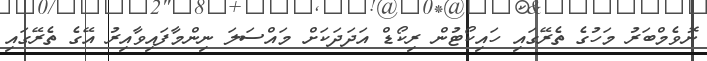
ނޮވެމްބަރު މަހުގެ ތެރޭގައި ހައިކޯޓުން ރިކޯޑް އަދަދަކަށް މައްސަލަ ނިންމާފައިވާއިރު އޭގެ ތެރޭގައި